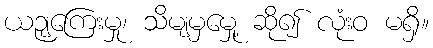
ယဉျကြေးမှု၊ သိမျမှမှေု့ ဆို၍ လုံးဝ မရှိ။